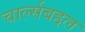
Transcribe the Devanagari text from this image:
चार्ल्सबद्दल